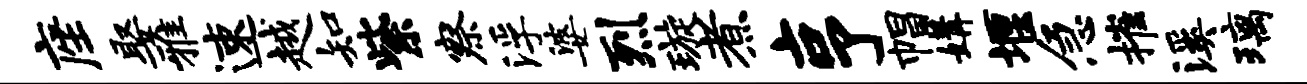
座娶雅速越知紫察浮婆烈璇煮亨帽媾堰急摧溪璃